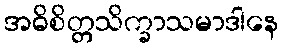
အဓိစိတ္တသိက္ခာသမာဒါနေ